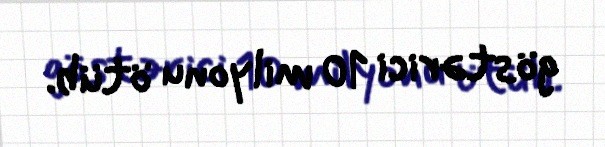
göstərici 10 milyonu ötüb.